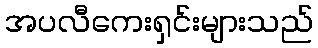
အပလီကေးရှင်းများသည်